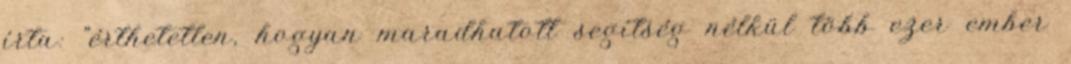
írta: "érthetetlen, hogyan maradhatott segítség nélkül több ezer ember